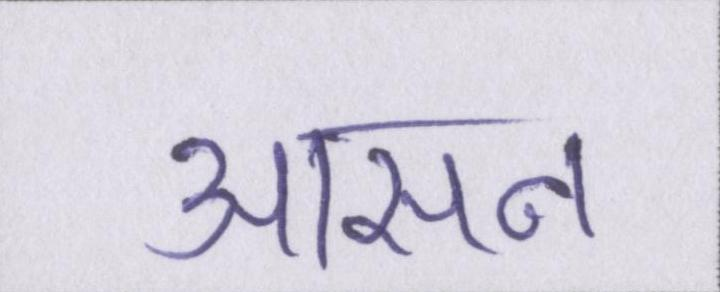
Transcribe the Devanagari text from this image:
आसन